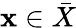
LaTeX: \mathbf{x}\in{\bar{{X}}}